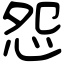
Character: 怨